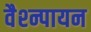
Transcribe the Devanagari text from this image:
वैश्न्पायन